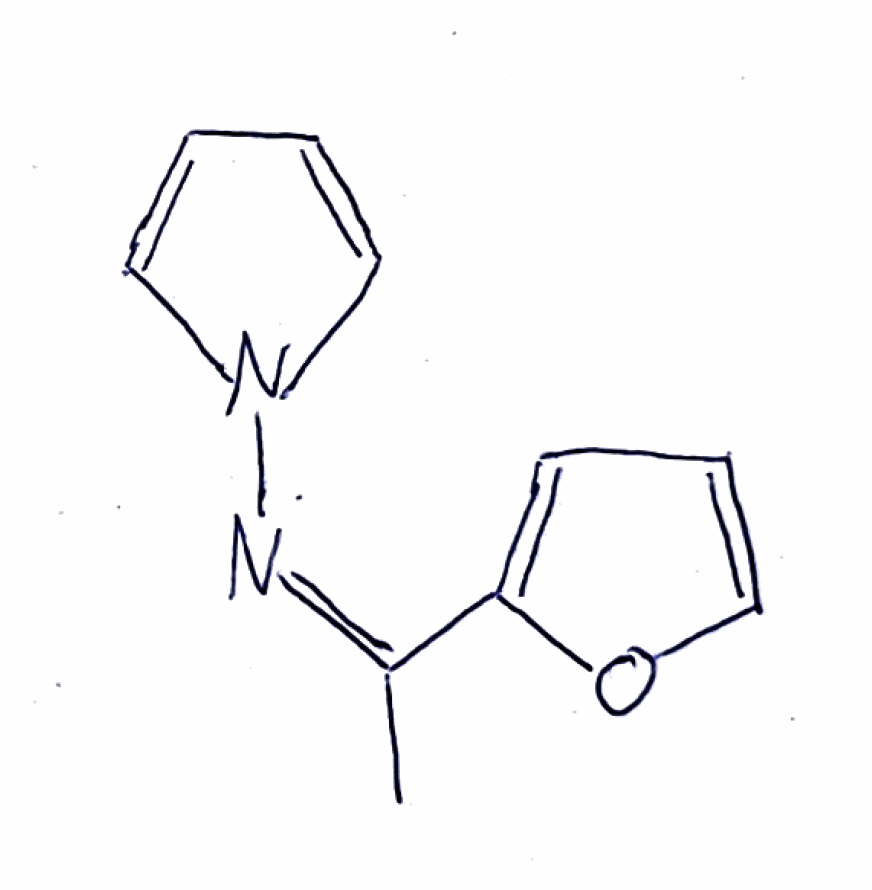
Simplified molecular-input line-entry system (SMILES) notation of the given molecule:
C/C(=N/N1C=CC=C1)/C2=CC=CO2